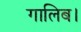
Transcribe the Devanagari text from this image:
गालिब।